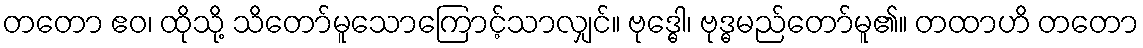
တတော ဧဝ၊ ထိုသို့ သိတော်မူသောကြောင့်သာလျှင်။ ဗုဒ္ဓေါ၊ ဗုဒ္ဓမည်တော်မူ၏။ တထာဟိ တတော